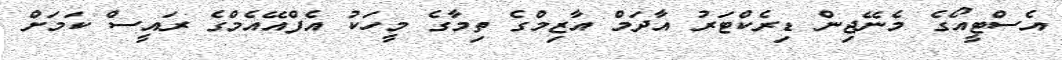
އެސްޓީއޯގެ މެނޭޖިން ޑިރެކްޓަރު އާދަމް އާޒިމްގެ ތިމާގެ މީހަކު އެފްއޭއެމްގެ ރައީސް ކަމަށް